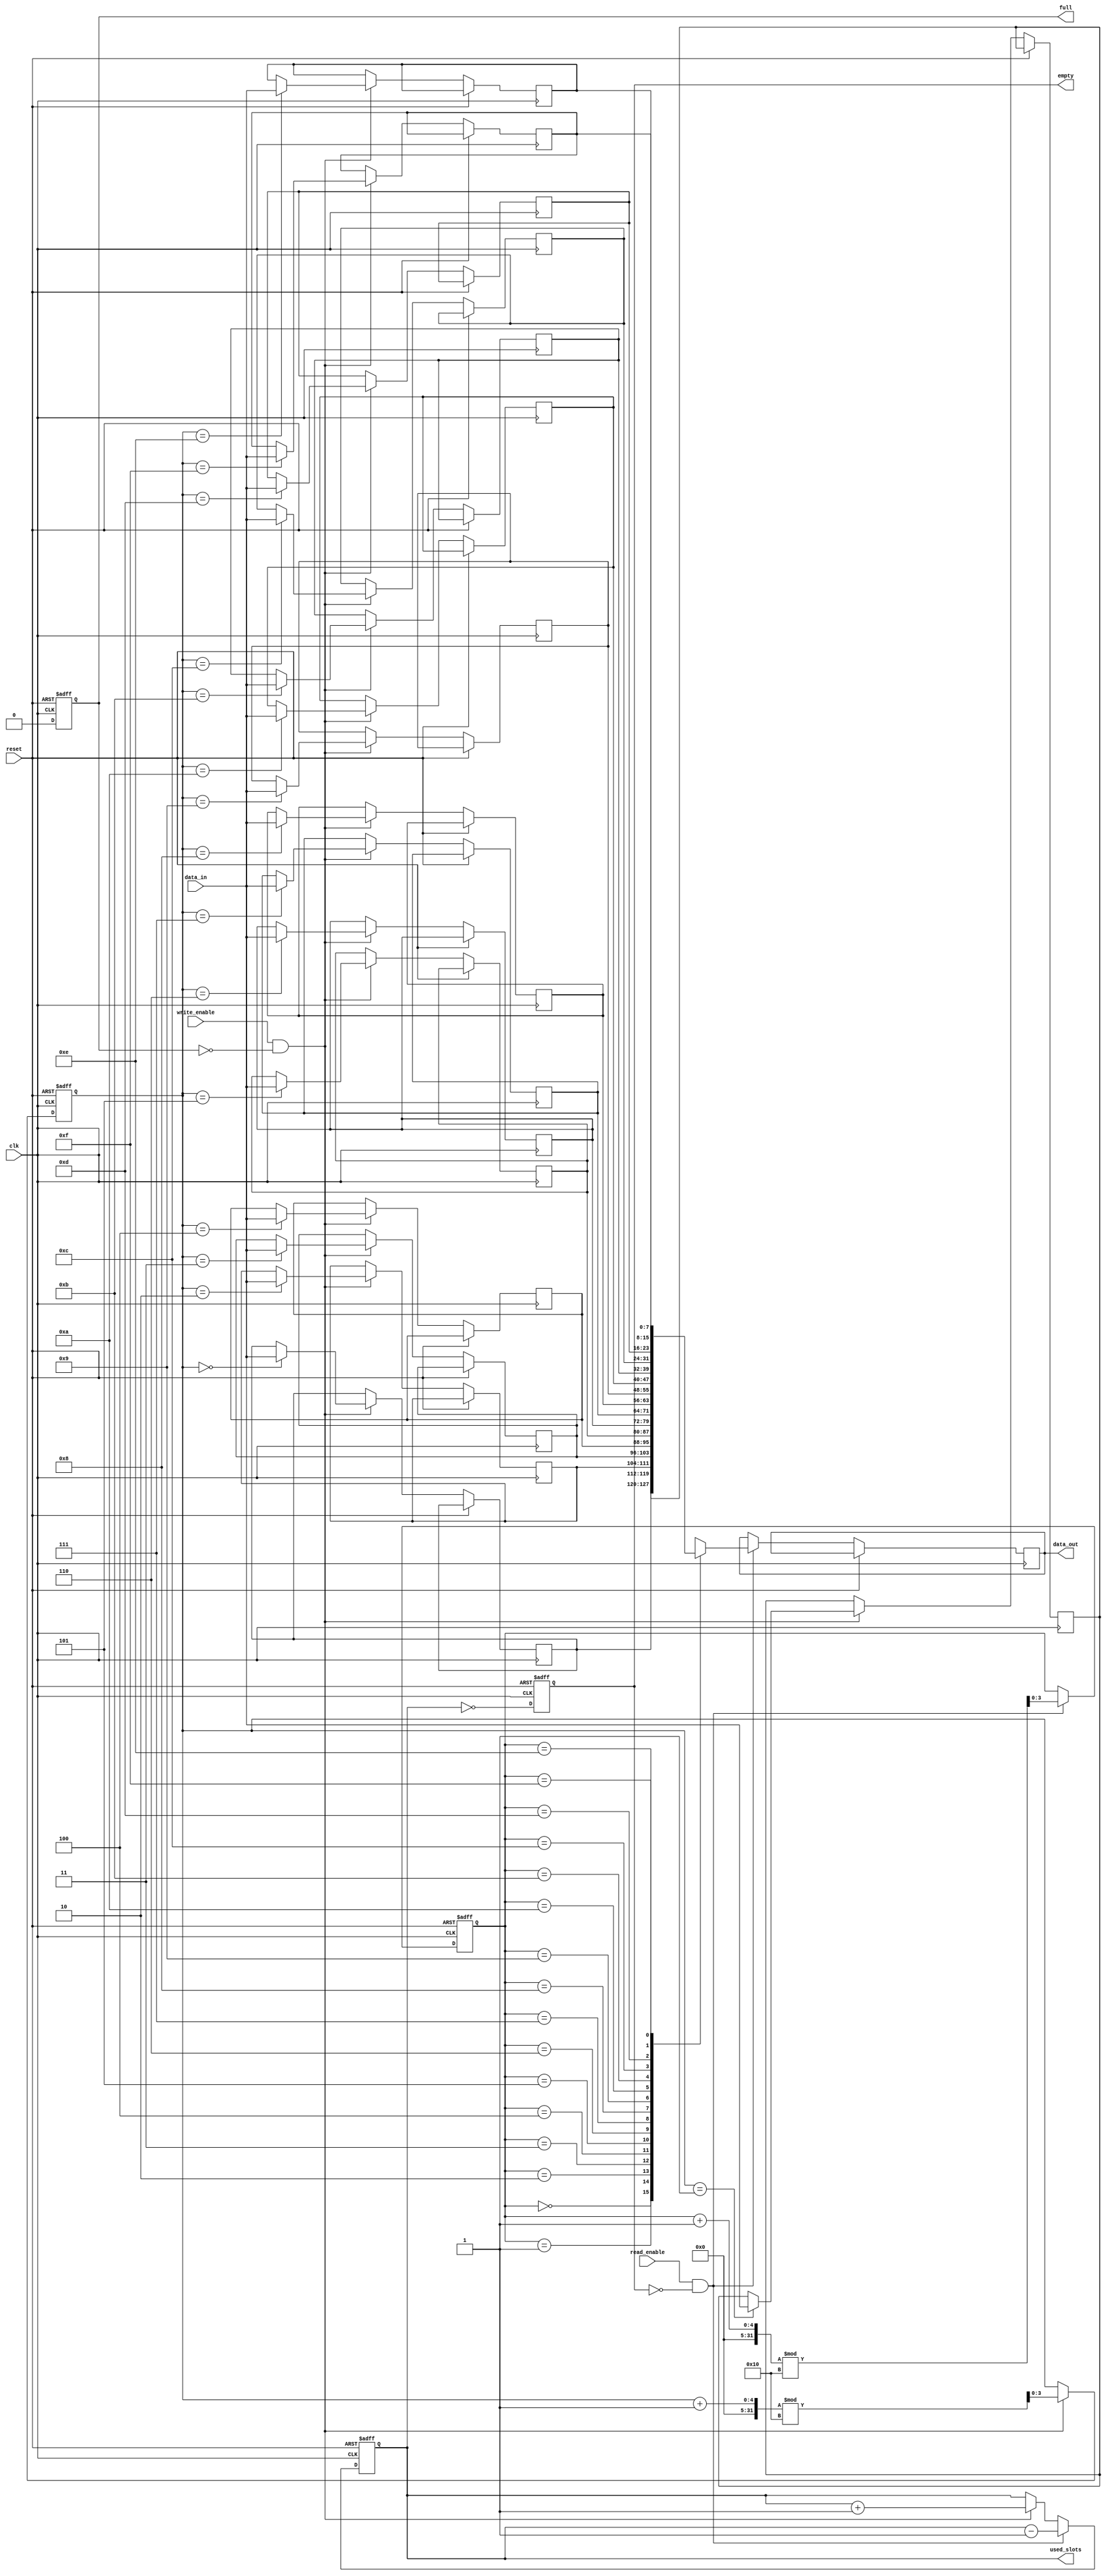
module parameterized_fifo #(
    parameter DATA_WIDTH = 8,      // Width of each data entry in bits
    parameter FIFO_DEPTH = 16       // Total number of entries (must be a power of two)
) (
    input wire clk,                 // Clock signal
    input wire reset,               // Asynchronous reset signal
    input wire write_enable,        // Control signal to allow writing
    input wire read_enable,         // Control signal to allow reading
    input wire [DATA_WIDTH-1:0] data_in, // Input data bus
    output reg [DATA_WIDTH-1:0] data_out, // Output data bus
    output reg full,                // Status signal indicating FIFO is full
    output reg empty,               // Status signal indicating FIFO is empty
    output reg [clog2(FIFO_DEPTH)-1:0] used_slots // Number of slots currently used
);

    // Memory array to hold the FIFO data
    reg [DATA_WIDTH-1:0] fifo_mem [0:FIFO_DEPTH-1];

    // Pointers for read and write operations
    reg [clog2(FIFO_DEPTH)-1:0] read_ptr;
    reg [clog2(FIFO_DEPTH)-1:0] write_ptr;
    
    // Function to calculate the log base 2
    function integer clog2;
        input integer value;
        begin
            clog2 = 0;
            while (2**clog2 < value) begin
                clog2 = clog2 + 1;
            end
        end
    endfunction

    // Asynchronous reset and FIFO operation
    always @(posedge clk or posedge reset) begin
        if (reset) begin
            // Reset all internal states
            read_ptr <= 0;
            write_ptr <= 0;
            used_slots <= 0;
            full <= 0;
            empty <= 1;
        end else begin
            // Write operation
            if (write_enable && !full) begin
                fifo_mem[write_ptr] <= data_in; // Write data to FIFO
                write_ptr <= (write_ptr + 1) % FIFO_DEPTH; // Increment write pointer
                used_slots <= used_slots + 1; // Increment used slots count
            end
            
            // Read operation
            if (read_enable && !empty) begin
                data_out <= fifo_mem[read_ptr]; // Read data from FIFO
                read_ptr <= (read_ptr + 1) % FIFO_DEPTH; // Increment read pointer
                used_slots <= used_slots - 1; // Decrement used slots count
            end
            
            // Update full and empty signals
            full <= (used_slots == FIFO_DEPTH);
            empty <= (used_slots == 0);
        end
    end

endmodule